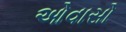
ઓવાસો